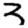
Digit: 3